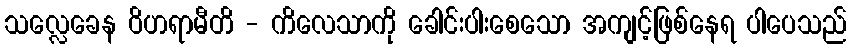
သလ္လေခေန ဝိဟရာမီတိ - ကိလေသာကို ခေါင်းပါးစေသော အကျင့်ဖြစ်နေရ ပါပေသည်